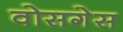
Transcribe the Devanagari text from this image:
वोसगेस